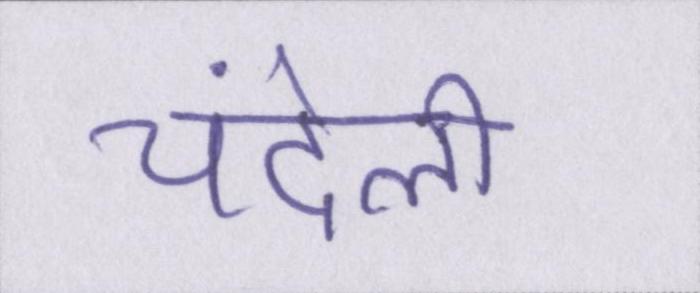
चंदेली